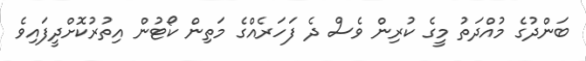
ބަންދުގެ މުއްދަތު މީގެ ކުރިން ވެސް ދެ ފަހަރެއްގެ މަތިން ކޯޓުން އިތުރުކޮށްދީފައިވެ